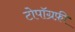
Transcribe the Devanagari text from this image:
टोपॉग्रफ़ी